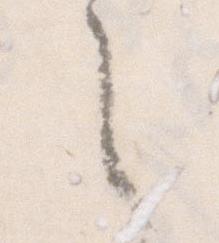
之